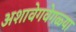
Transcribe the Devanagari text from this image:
अशावेगवेगळ्या